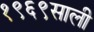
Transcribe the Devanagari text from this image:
१९६९साली